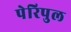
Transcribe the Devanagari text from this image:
पेरिपुल